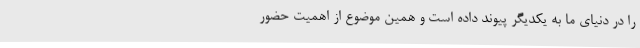
را در دنیای ما به یکدیگر پیوند داده است و همین موضوع از اهمیت حضور